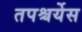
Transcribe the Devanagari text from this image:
तपश्चर्येस